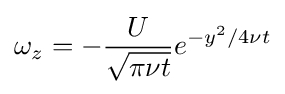
\omega _{z}=-{\frac {U}{\sqrt {\pi \nu t}}}e^{-y^{2}/4\nu t}